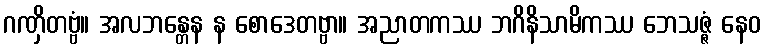
ဂဏှိတဗ္ဗံ။ အလဘန္တေန န စောဒေတဗ္ဗာ။ အညာတကဿ ဘဂိနိသာမိကဿ ဘေသဇ္ဇံ နေဝ